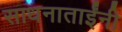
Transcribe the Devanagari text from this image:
साधनाताईंनी